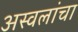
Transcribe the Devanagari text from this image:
अस्वलांचा